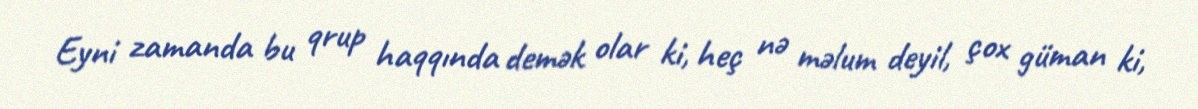
Eyni zamanda bu qrup haqqında demək olar ki, heç nə məlum deyil, çox güman ki,